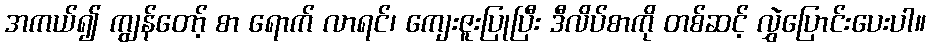
အကယ်၍ ကျွန်တော့် စာ ရောက် လာရင်၊ ကျေးဇူးပြုပြီး ဒီလိပ်စာကို တစ်ဆင့် လွှဲပြောင်းပေးပါ။